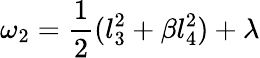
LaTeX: \omega_{2}=\frac{1}{2}(l_{3}^{2}+\beta l_{4}^{2})+\lambda